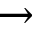
\rightarrow